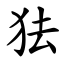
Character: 㹤